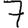
Digit: 7